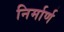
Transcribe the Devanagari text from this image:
निर्मार्ण